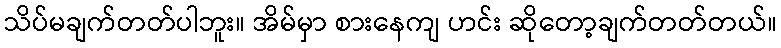
သိပ်မချက်တတ်ပါဘူး။ အိမ်မှာ စားနေကျ ဟင်း ဆိုတော့ချက်တတ်တယ်။